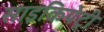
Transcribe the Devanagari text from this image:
साइकियेट्री